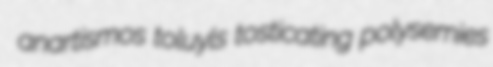
anartismos toluyls tosticating polysemies